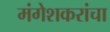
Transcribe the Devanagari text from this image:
मंगेशकरांचा